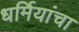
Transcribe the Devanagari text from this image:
धर्मियांचा